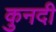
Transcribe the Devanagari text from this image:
कुनदी